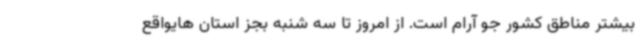
بیشتر مناطق کشور جو آرام است. از امروز تا سه شنبه بجز استان هایواقع